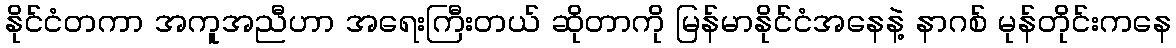
နိုင်ငံတကာ အကူအညီဟာ အရေးကြီးတယ် ဆိုတာကို မြန်မာနိုင်ငံအနေနဲ့ နာဂစ် မုန်တိုင်းကနေ